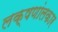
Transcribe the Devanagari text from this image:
लक्षणांलकार